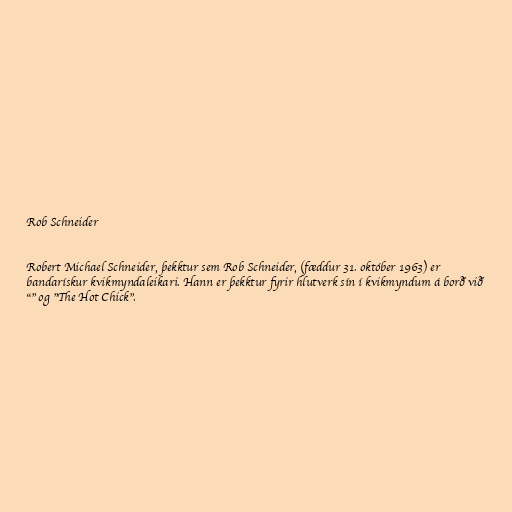
Rob Schneider

Robert Michael Schneider, þekktur sem Rob Schneider, (fæddur 31. október 1963) er
bandarískur kvikmyndaleikari. Hann er þekktur fyrir hlutverk sín í kvikmyndum á borð við
"" og "The Hot Chick".